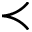
\prec